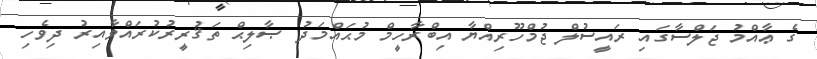
ގެ ޢާއްމު ޖަލްސާގައި ރައީސުލް ޖުމްހޫރިއްޔާ އިބްރާހީމް މުޙައްމަދު ޞާލިޙް ތަޤުރީރުކުރައްވާއިރު ދިވެހި